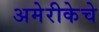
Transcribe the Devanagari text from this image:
अमेरीकेचे